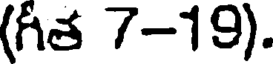
(గత 7-19).